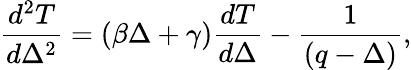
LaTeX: \frac{d^{2}T}{d\Delta^{2}}=\left(\beta\Delta+\gamma\right)\frac{dT}{d\Delta}-\frac{1}{\left(q-\Delta\right)},